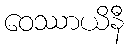
ဝေဿာယိနီ